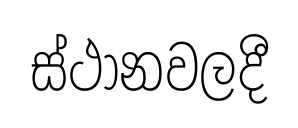
ස්ථානවලදී